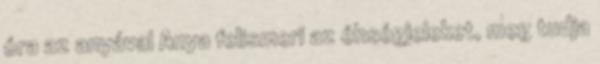
óra az anyával Anya felismeri az éhségjeleket, meg tudja